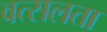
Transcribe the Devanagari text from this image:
वत्सलता